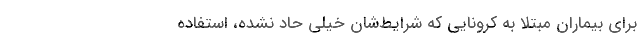
برای بیماران مبتلا به کرونایی که شرایط‌شان خیلی حاد نشده، استفاده